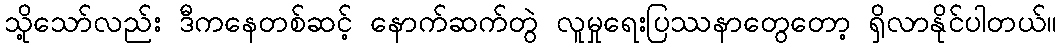
သို့သော်လည်း ဒီကနေတစ်ဆင့် နောက်ဆက်တွဲ လူမှုရေးပြဿနာတွေတော့ ရှိလာနိုင်ပါတယ်။